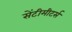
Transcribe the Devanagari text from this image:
सेंटीमीटर्स